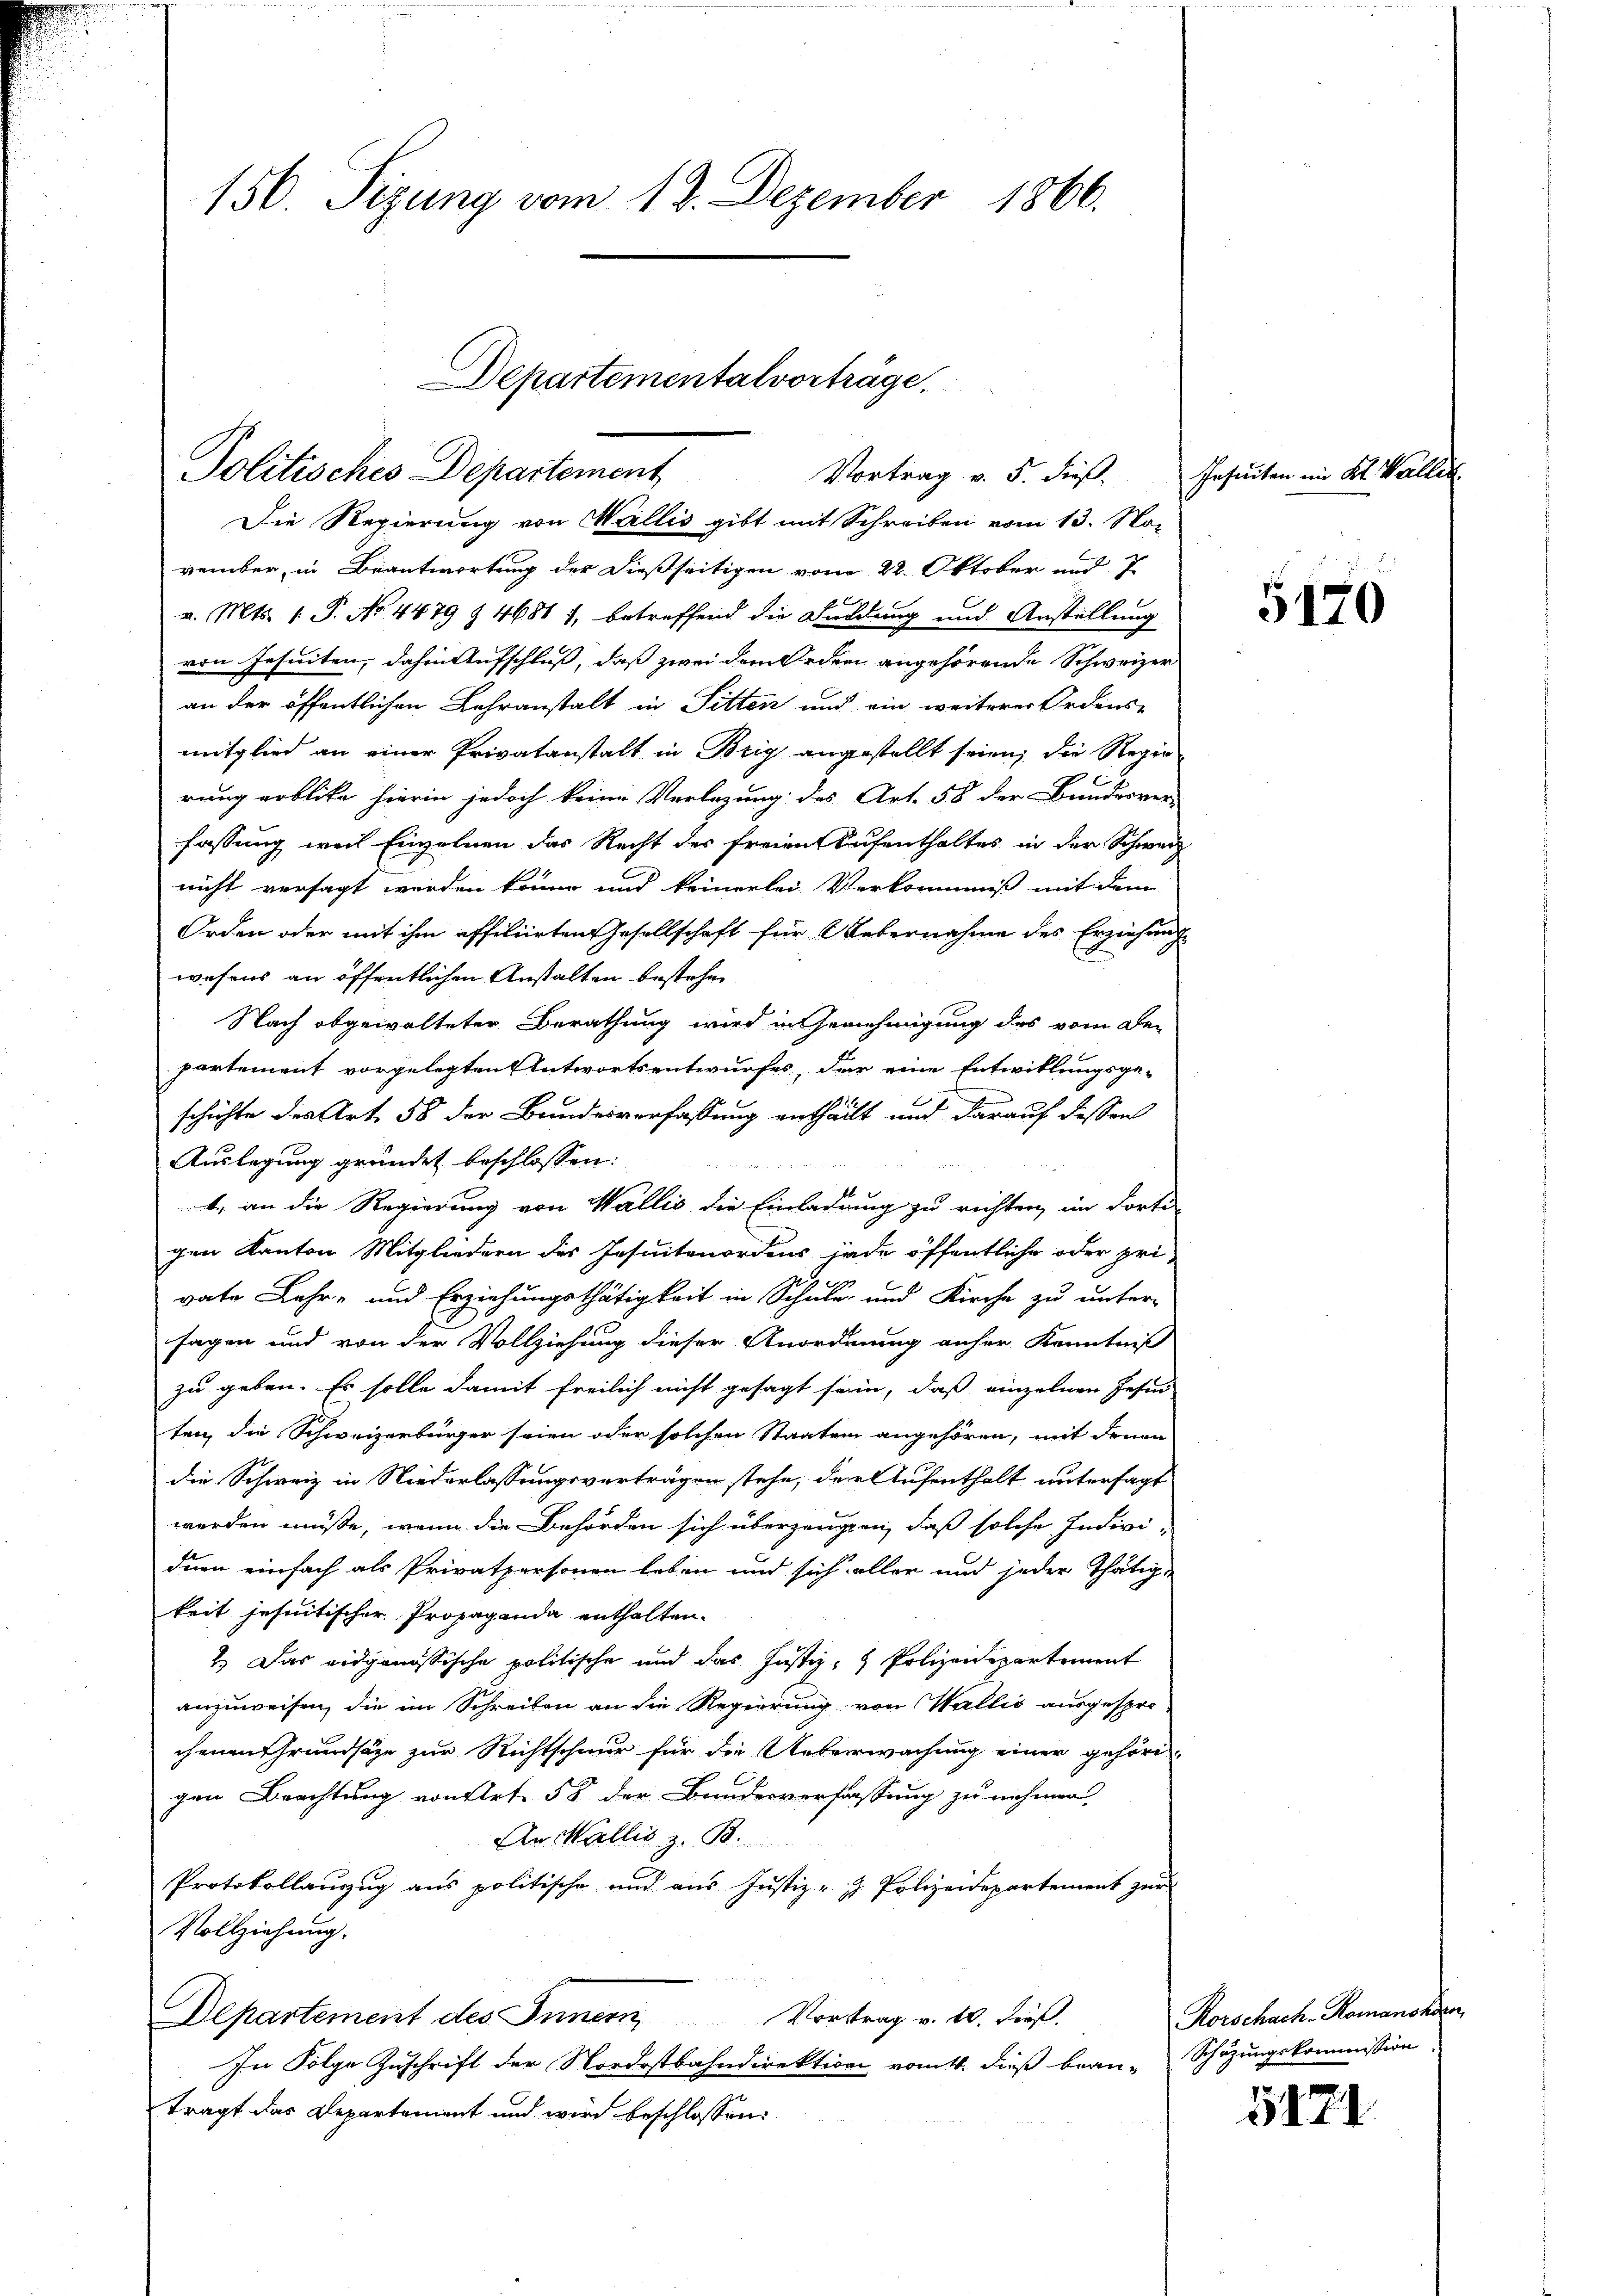
150 Sizung vom 12. Dezember 1866.

Politisches Departement
Vortrag v. 5. dieß.
Die Regierung von Wallis gibt mit Schreiben vom 13. No-

Departementalvorträge.

vember, in Beantwortung der dießseitigen vom 22. Oktober und 7
v. Mts. 1. P. No 4479 & 46817, betreffend die Fuldung und Anstellung
von Jesuiten, dahin Aufschluß, daß zwei dem Orden angehörende Schweizer
an der öffentlichen Lehranstalt in Pitten und ein weiterer Ordens-
mitglied an einer Privatanstalt in Brig angestellt seien; die Regierung erblicke hierin jedoch keine Verlegung des Art. 58 der Bundesver-
fassung weil Einzelnen das Recht des freien Aufenthaltes in der Schweiz
nicht versagt werden könne und keinerlei Verkommniß mit dem
Orden oder mit ihm affiliirten Gesellschaft für Uebernahme des Erziehung
wesens an öffentlichen Anstalten bestehen
Nach abgewalteter Berathung wird in Genehmigung des vom Be-
partement vorgelegten Antwortsentwurfes, der eine Entwicklungsge-
schichte des Art. 58 der Bundesverfassung entheilt und darauf dessen
Auslegung gründet beschlossen:
b. an die Regierung von Wallis die Einladung zu richten, im dorti-
gen Kanton Mitgliedern des Insuitenordens jede öffentliche oder pri-
vate Lehr- und Erziehungsthätigkeit in Schule und Kirche zu unter-
sagen und von der Vollziehung dieser Anordnung anher Kenntniß
zu geben. Es solle damit freilich nicht gesagt sein, daß einzelnen Jesu
ten, die Schweizerbürger seien oder solchen Staaten angehören, mit denen
die Schweiz in Niederlassungsverträgen stehe, der Aufenthalt untersagt
werden müße, wenn die Behörden sich überzeugen, daß solche Indivi-
deen einfach als Privatpersonen leben und sich aller und jeder Thätig-
keit jeseitischer Propaganda enthalten.
2.) Das eidgenössische politische und das Justiz- & Polizeidepartement
anzuweisen, die im Schreiben an die Regierung von Wallić ausgesprochenen Grundsätze zur Richtschnur für die Ueberwachung einer gehörigen Brachtung von Art. 58 der Bundesverfassung zu nehmen
An Wallis z. B.
Protokollauszug aus politische und aus Justiz- & Polizeidepartement zur
Vollziehung.
Departement des Innern,
Vortrag v. 10. dieß.
In Folge Zuschrift der Nordostbahndirektion romtt. dieß bean-
trägt das Departement und wird beschlossen:

Insecten im Kt. Wallis

5170

Korschach Romanorden,
Schazungskommission.

5171